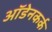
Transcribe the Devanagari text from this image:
ऑडेनकर्क